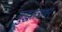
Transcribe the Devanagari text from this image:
युद्धतंत्रावर